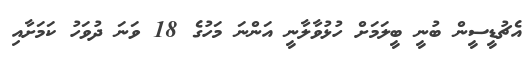
އެޗުޑީސީން ބުނީ ބީލަމަށް ހުޅުވާލާނީ އަންނަ މަހުގެ 18 ވަނަ ދުވަހު ކަމަށާއި